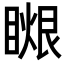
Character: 𥉤